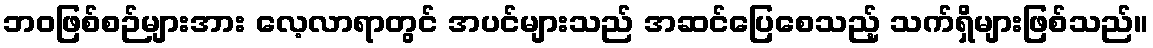
ဘဝဖြစ်စဉ်များအား လေ့လာရာတွင် အပင်များသည် အဆင်ပြေစေသည့် သက်ရှိများဖြစ်သည်။